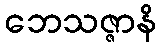
ဘေသဇ္ဇာနိ